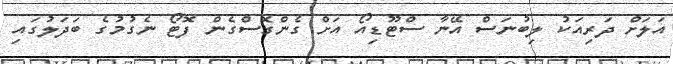
އަލަށް ދަރިއަކު ލިބުނަސް އޭނާ ސްޓޫޑިއޯ އަށް ގެންގޮސްގެން ފޮޓޯ ނެގުމުގެ ބަދަލުގައި